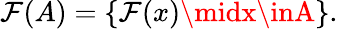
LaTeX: \mathcal{F}(A)=\{ \mathcal{F}(x)\midx\inA\} .